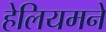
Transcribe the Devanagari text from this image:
हेलियमने